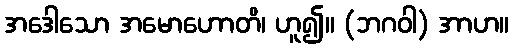
အဒေါသော အမောဟောတိ၊ ဟူ၍။ (ဘဂဝါ) အာဟ။